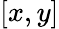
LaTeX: [x,y]